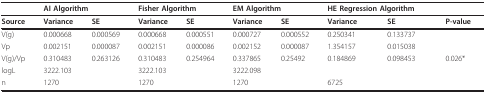
<table><thead><tr><td></td><td colspan="2"><b>AI Algorithm</b></td><td colspan="2"><b>Fisher Algorithm</b></td><td colspan="2"><b>EM Algorithm</b></td><td colspan="2"><b>HE Regression Algorithm</b></td><td></td></tr></thead><tbody><tr><td><b>Source</b></td><td><b>Variance</b></td><td><b>SE</b></td><td><b>Variance</b></td><td><b>SE</b></td><td><b>Variance</b></td><td><b>SE</b></td><td><b>Variance</b></td><td><b>SE</b></td><td><b>P-value</b></td></tr><tr><td>V(g)</td><td>0.000668</td><td>0.000569</td><td>0.000668</td><td>0.000551</td><td>0.000727</td><td>0.000552</td><td>0.250341</td><td>0.133737</td><td></td></tr><tr><td>Vp</td><td>0.002151</td><td>0.000087</td><td>0.002151</td><td>0.000086</td><td>0.002152</td><td>0.000087</td><td>1.354157</td><td>0.015038</td><td></td></tr><tr><td>V(g)/Vp</td><td>0.310483</td><td>0.263126</td><td>0.310483</td><td>0.254964</td><td>0.337865</td><td>0.25492</td><td>0.184869</td><td>0.098453</td><td>0.026*</td></tr><tr><td>logL</td><td>3222.103</td><td></td><td>3222.103</td><td></td><td>3222.098</td><td></td><td></td><td></td><td></td></tr><tr><td>n</td><td>1270</td><td></td><td>1270</td><td></td><td>1270</td><td></td><td>6725</td><td></td><td></td></tr></tbody></table>